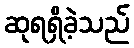
ဆုရရှိခဲ့သည်